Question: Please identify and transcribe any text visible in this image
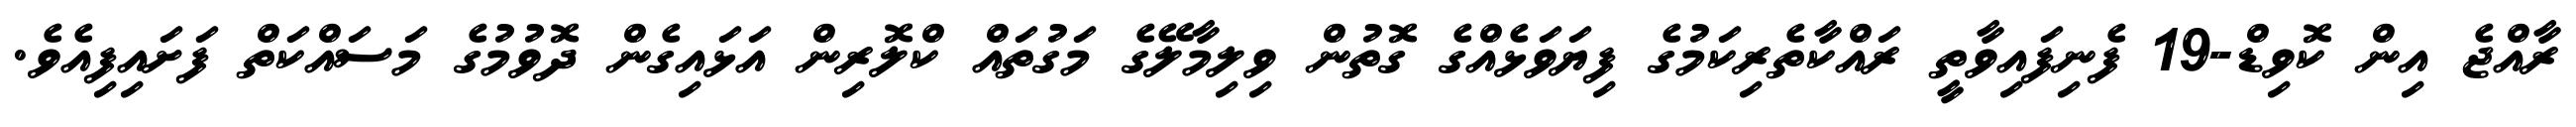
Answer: ރާއްޖެ އިން ކޮވިޑް-19 ފެނިފައިވާތީ ރައްކާތެރިކަމުގެ ފިޔަވަޅެއްގެ ގޮތުން ވިލިމާލޭގެ މަގުތައް ކްލޮރިން އަޅައިގެން ދޮވުމުގެ މަސައްކަތް ފަށައިފިއެވެ.